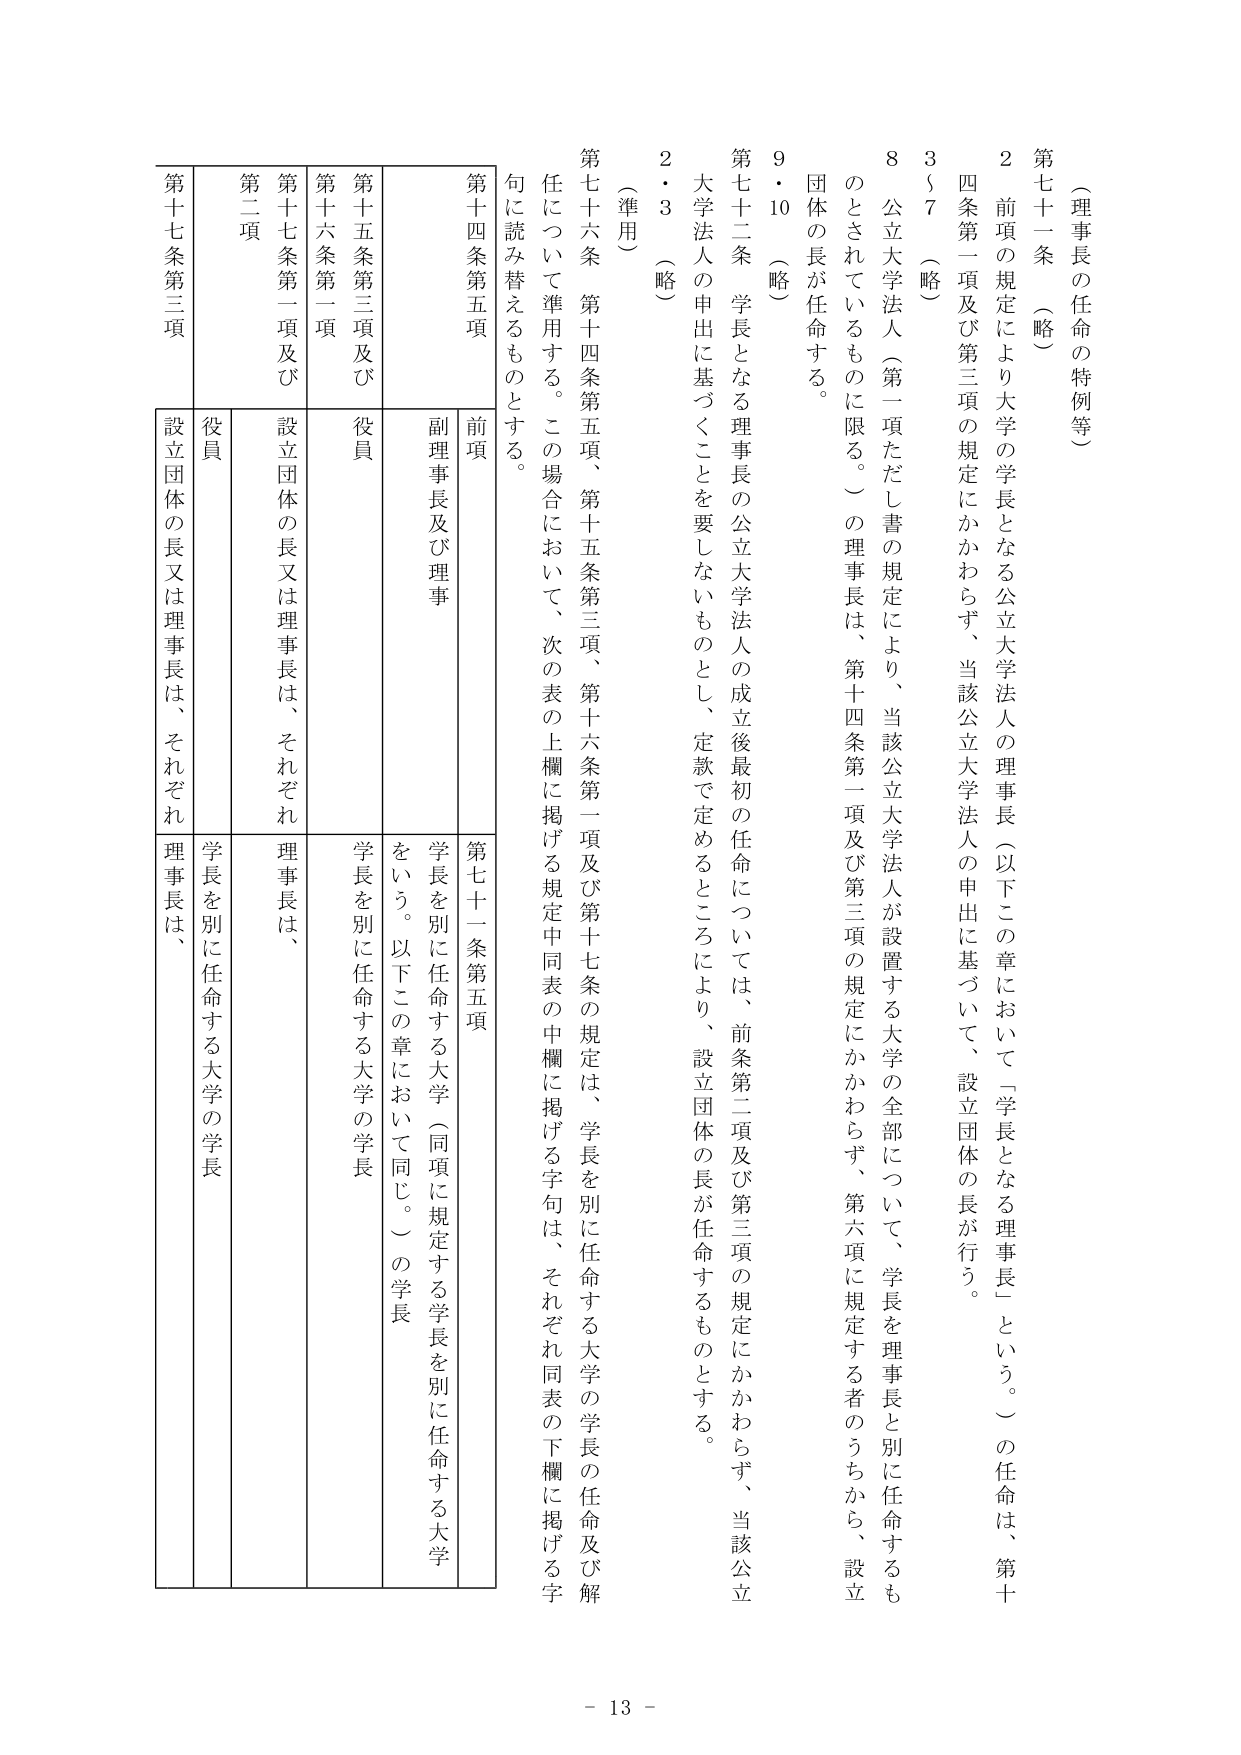
（理事長の任命の特例等）

第七十一条（略）

２ 前項の規定により大学の学長となる公立大学法人の理事長（以下この章において「学長となる理事長」という。）の任命は、第十四条第一項及び第三項の規定にかかわらず、当該公立大学法人の申出に基づいて、設立団体の長が行う。

３～７（略）

８ 公立大学法人（第一項ただし書の規定により、当該公立大学法人が設置する大学の全部について、学長を理事長と別に任命するものとされているものに限る。）の理事長は、第十四条第一項及び第三項の規定にかかわらず、第六項に規定する者のうちから、設立団体の長が任命する。

９・10（略）

第七十二条 学長となる理事長の公立大学法人の成立後最初の任命については、前条第二項及び第三項の規定にかかわらず、当該公立大学法人の申出に基づくことを要しないものとし、定款で定めるところにより、設立団体の長が任命するものとする。

２・３（略）

（準用）

第七十六条 第十四条第五項、第十五条第三項、第十六条第一項及び第十七条の規定は、学長を別に任命する大学の学長の任命及び解任について準用する。この場合において、次の表の上欄に掲げる規定中同表の中欄に掲げる字句は、それぞれ同表の下欄に掲げる字句に読み替えるものとする。

第十四条第五項 前項 第七十一条第五項
第十五条第三項及び第十六条第一項 役員 副理事長及び理事 学長を別に任命する大学（同項に規定する学長を別に任命する大学をいう。以下この章において同じ。）の学長
第十七条第一項及び第二項 役員 設立団体の長又は理事長は、それぞれ理事長は、
第十七条第三項 設立団体の長又は理事長は、それぞれ理事長は、学長を別に任命する大学の学長

- 13 -